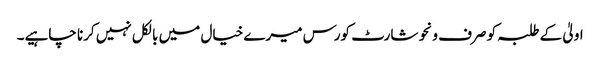
اولیٰ کے طلبہ کو صرف ونحو شارٹ کورس میرے خیال میں بالکل نہیں کرنا چاہیے۔